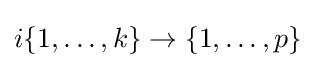
i\{1,\dots ,k\}\rightarrow \{1,\dots ,p\}